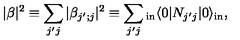
| \beta | ^ { 2 } \equiv \sum _ { j ^ { \prime } j } | \beta _ { j ^ { \prime } ; j } | ^ { 2 } \equiv \sum _ { j ^ { \prime } j } _ { \mathrm { \small i n } } \langle 0 | N _ { j ^ { \prime } j } | 0 \rangle _ { \mathrm { \small i n } } ,